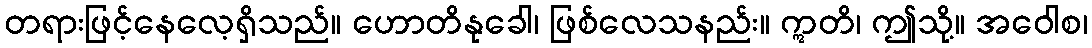
တရားဖြင့်နေလေ့ရှိသည်။ ဟောတိနုခေါ၊ ဖြစ်လေသနည်း။ ဣတိ၊ ဤသို့။ အဝေါစ၊